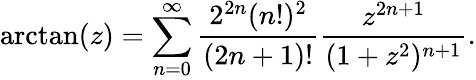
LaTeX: \arctan(z)=\sum_{n=0}^{\infty}{\frac{2^{2n}(n!)^{2}}{(2n+1)!}}{\frac{z^{2n+1}}{(1+z^{2})^{n+1}}}.